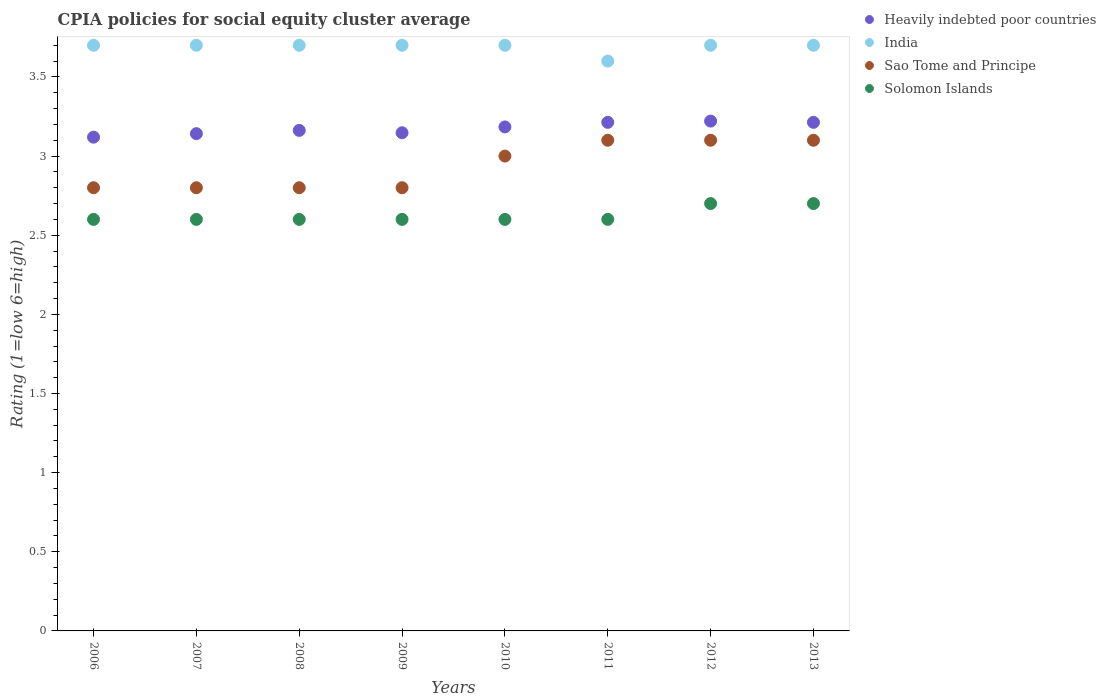
| Years | Heavily indebted poor countries | India | Sao Tome and Principe | Solomon Islands |
 | --- | --- | --- | --- | --- |
 | 2006 | 3.12 | 3.7 | 2.8 | 2.6 |
 | 2007 | 3.14 | 3.7 | 2.8 | 2.6 |
 | 2008 | 3.16 | 3.7 | 2.8 | 2.6 |
 | 2009 | 3.15 | 3.7 | 2.8 | 2.6 |
 | 2010 | 3.18 | 3.7 | 3 | 2.6 |
 | 2011 | 3.21 | 3.6 | 3.1 | 2.6 |
 | 2012 | 3.22 | 3.7 | 3.1 | 2.7 |
 | 2013 | 3.21 | 3.7 | 3.1 | 2.7 |